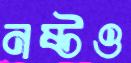
নষ্টও